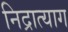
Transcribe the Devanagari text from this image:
निद्रात्याग